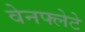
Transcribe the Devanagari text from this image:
वेनफ्लेटे